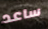
ساعد